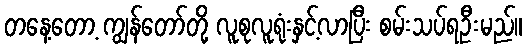
တနေ့တော့ ကျွန်တော်တို့ လူစုလူရုံးနှင့်လာပြီး စမ်းသပ်ရဦးမည်။